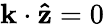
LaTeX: {\mathbf{k}}\cdot{\mathbf{\hat{z}}}=0